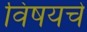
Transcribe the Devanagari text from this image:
विषयचे